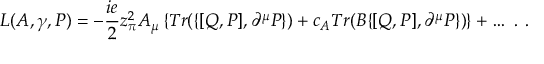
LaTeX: L ( A , \gamma , { \cal P } ) = - \frac { i e } { 2 } z _ { \pi } ^ { 2 } A _ { \mu } \left\{ T r ( \{ [ Q , { \cal P } ] , \partial ^ { \mu } { \cal P } \} ) + c _ { A } T r ( B \{ [ Q , { \cal P } ] , \partial ^ { \mu } { \cal P } \} ) \right\} + \ldots ~ . ~ .